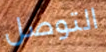
التوصل